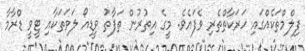
ފިލްމްތަކެއްގައި ހަރަކާތްތެރި ވެފައެވެ. މީގެ އިތުރުން ތަފާތު ވީޑިއޯ ލަވަތަކާއި ޓީވީ ޑްރާމާ